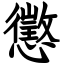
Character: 懲